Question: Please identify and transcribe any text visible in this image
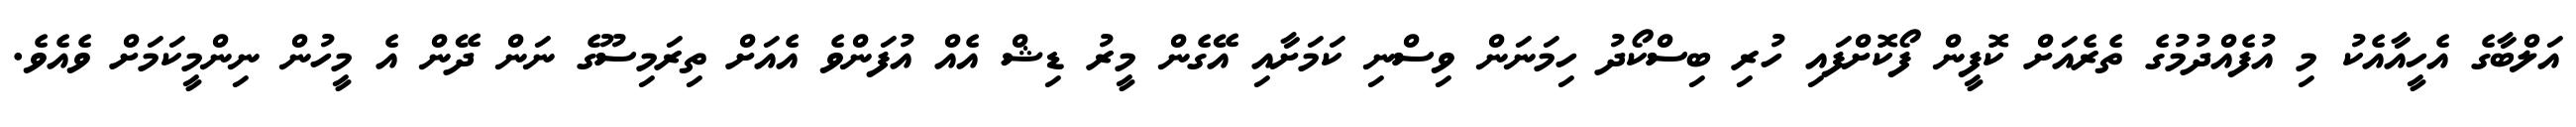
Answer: އަލްބާގެ އެހީއާއެކު މި އުފެއްދުމުގެ ތެރެއަށް ކޮފީން ފޯކޮށްފައި ހުރި ބިސްކޯދު ހިމަނަން ވިސްނި ކަމަށާއި އޭގެން މީރު ޑިޝް އެއް އުފަންވެ އެއަށް ތިރަމިސޫގެ ނަން ދޭން އެ މީހުން ނިންމީކަމަށް ވެއެވެ.